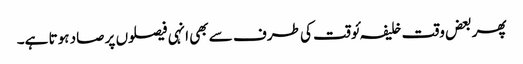
پھر بعض وقت خلیفہ ئوقت کی طرف سے بھی انہی فیصلوں پر صاد ہوتا ہے۔